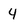
Character: 4